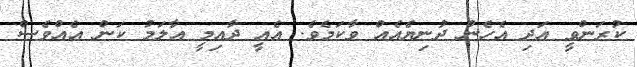
ކުރަންވީ އަދި އެހެން ދުނިޔެއެއް ވާކަމެވެ. އެއީ ދާއިމީ އާލަމު ކަން އެއްވެސް